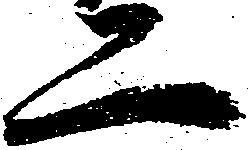
二